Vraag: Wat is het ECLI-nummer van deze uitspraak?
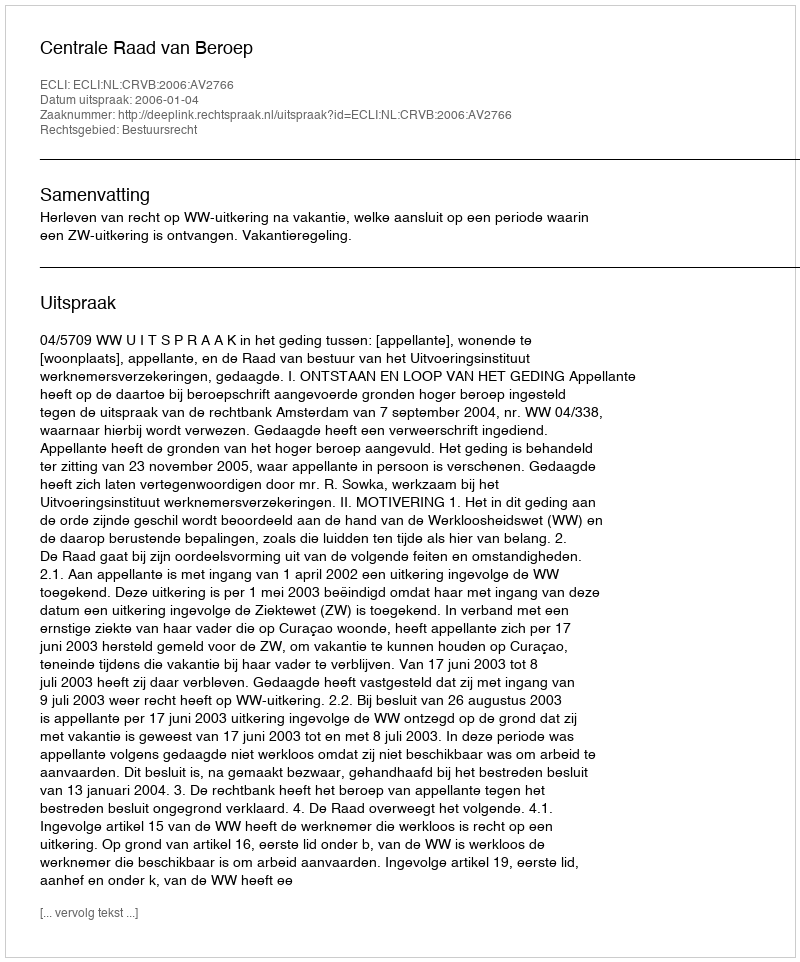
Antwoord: ECLI:NL:CRVB:2006:AV2766